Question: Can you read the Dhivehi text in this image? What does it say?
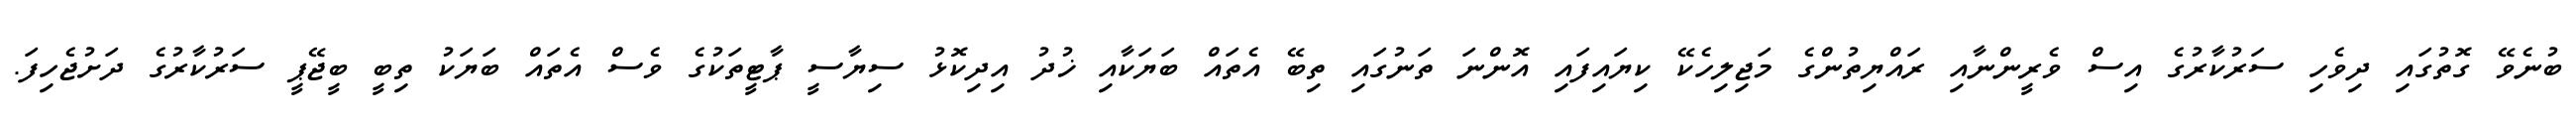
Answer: ބުނެވޭ ގޮތުގައި ދިވެހި ސަރުކާރުގެ އިސް ވެރީންނާއި ރައްޔިތުންގެ މަޖިލިހެކޭ ކިޔައިފައި އޮންނަ ތަނުގައި ތިބޭ އެތައް ބަޔަކާއި ޚުދު އިދިކޮޅު ސިޔާސީ ޕާޓީތަކުގެ ވެސް އެތައް ބަޔަކު ތިބީ ބީޖޭޕީ ސަރުކާރުގެ ދަށުޖެހިފަ.